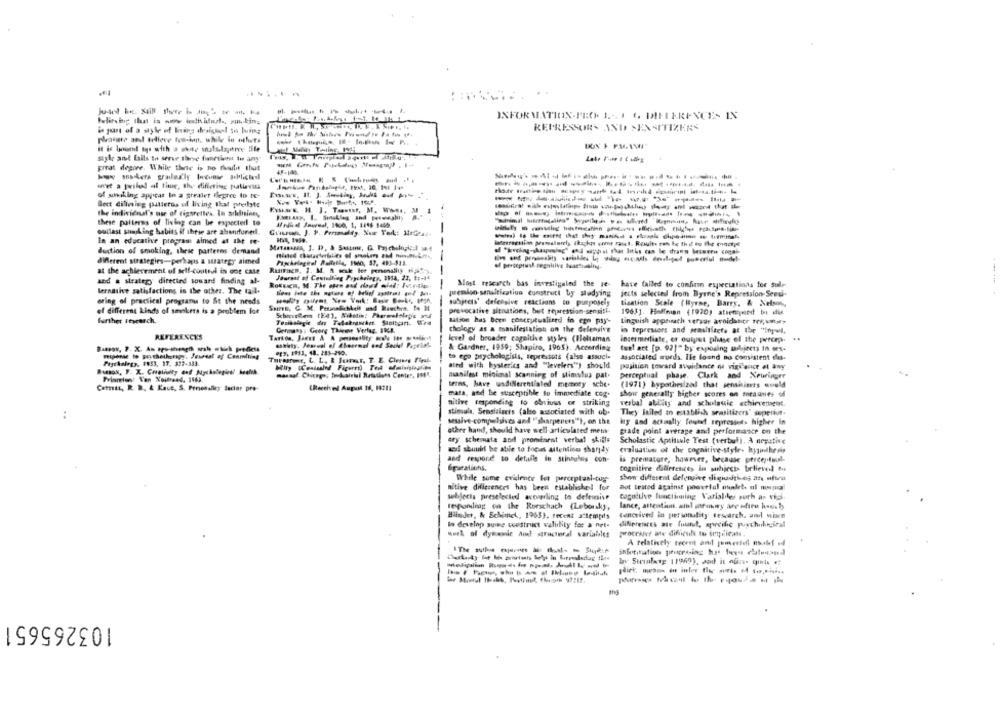
..
-------
INFORMATION-PRO. 1 .-. 1 6. DIFFERENCES IN
REPRESSORS AND SENSITIZERS
it is boomt tys with a white walslajitrre life
style and fails to serve three functionst to any
prrat desire. While there is no dusite that
unet a piled al time, they differing patlavus
of suhiking appcat In a greater flegree to te-
Best dilining patterns of living that preilste
the individual's use of cigarettes lo arlisinns,
these patterns of living can be expected to
Wedhel Jewsel, 1900, 1, 3446 1460.
outlast smiling habits if these are abandoned.
---
In an educative program aimed at the re-
duction of smoking, these patterns demand
-
different strategies-perhaps & urategy aimed
of perceptual regnitive laartsssing.
at the achievement of self-control in oog case
Rustico, 1. M. A sale lee personality HF
-
Jourant of Coutulling Psychoing, 1954, 22, to-44
and . strategy directed toward finding al-
Roksin, M. The open and rhond mied: Ivur-tips-
-
Most rescarch bas investigated the re- have failed to confirm expectations for sulr
ternative satisfactions is the other. The tail-
pension-sensitization construtt by studying
jects selected from Byrne's Repression-Seed.
ering of practical programu to St the needs
subjeets' defensive reactions to purposely
Sort, G. M. Permalbelt and Reechra. Bo H
tisation Scale (Byrne, Barry, & Nelson,
el different kinds of smokers is a problem for
Schicielem (E4), Nikotin: Pharmakolapis auf
provocative situations, bet tejaression-sensiti-
19631. Hoffman (1920) atien;pund bi ifit
further research.
sation has been conceptualined in ege psy --
Linguish approach versus avoidantr fry; unsis
Germany : Georg Thieme Verlag, FRE.
chology as a manifestation on the defensive
in tepressors and sensititets at the "inywl,
REFERENCES
level of broader cognitie styles (Boltaman
intermediate, or output pluse of the percep.
PET, 1993, 44. 285-290.
& Gardner, 1959; Shapiro, 1965). According
tust att [p. 92]" by exposing si,jects in oex-
to eco psychologists, tepressots (also associ-
Associated words. Ile found no consistent dis-
Pagekolegy, 1833, 17. 357-333.
ated with hysterics and "levelers") should
position toward avoidance of vigi souce at any
manifest minimal Scanning of stimslus pat.
Prismion: Van Xoiband, 1969.
perceptual phase. Clark and Newringer
Commis, R. B ., & Kace, S. Perosaliry Sector pro-
CReceived Aupul 16, 18713
terns, have undiNerentialed mummy sche.
(1971) hypotheszal that sensiniets would
mata, and be susceptible tu immediate cog.
show generally higher scores on meaunes of
nitive responding to obviuss or striking
verbal aLEity and scholauie achievement.
stimul, Sensitisets (also associated with ob.
They Failed to establish seasitizers" superin.
sesalve-compulsives and "sharpeners"), on the
ity and actually found repressed> higher in
other hand, should have well articulated met
grade point average and performance on the
ary schemata aod promforint verbal skills
Scholastic Aptitule Test (verbal), A negative
weil should be able to focas attention shandy
evaluative of the cognitive-style- hypothesis
and respond to detalle in stinbolos con-
is premature, however, because percep tuol-
épurations.
cognitive differences In subjects believed to
While some evidence lot jarceptual-tug-
show different defengive dipusticos an ultra
nitive differences has been established for
Dot trated against poavelal mudet ul musci
subjects preselected acowling to defensive
respondrag on the Rorschach (Leborsky,
lance, attestiun, sinl sorunry are ofire haus by
Binder, & Behimel, 1965), recent attempts
cancrived in personality tescarch. and wioen
to develop summe construct validity for a net-
week of dymesle And structural variables
procesler ate dificul to setpricate.
103265651